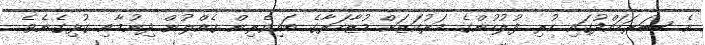
އެ ސަރަހައްދުގައި ހުރި ފުލުހުންގެ މަރުކަޒަށް މުޒާހަރާގެ ބައިވެރިން ގެއްލުން ދިނުމާއި ގުޅިގެނެވެ.